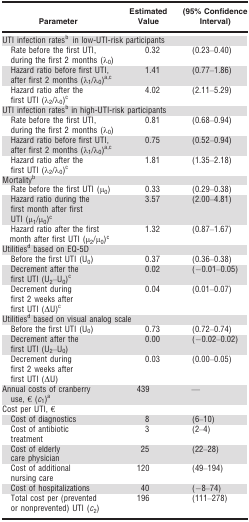
| Parameter | Estimated Value | (95% Confidence Interval) |
 | --- | --- | --- |
 | <COLSPAN=3> UTI infection ratesb in low-UTI-risk participants |
 | Rate before the first UTI, during the first 2 months (λ0) | 0.32 | (0.23–0.40) |
 | Hazard ratio before first UTI,after first 2 months (λ1/λ0)a,c | 1.41 | (0.77–1.86) |
 | Hazard ratio after the first UTI (λ2/λ0)c | 4.02 | (2.11–5.29) |
 | <COLSPAN=3> UTI infection ratesb in high-UTI-risk participants |
 | Rate before the first UTI, during the first 2 months (λ0) | 0.81 | (0.68–0.94) |
 | Hazard ratio before first UTI, after first 2 months (λ1/λ0)a,c | 0.75 | (0.52–0.94) |
 | Hazard ratio after the first UTI (λ2/λ0)c | 1.81 | (1.35–2.18) |
 | <COLSPAN=3> Mortalityb |
 | Rate before the first UTI (μ0) | 0.33 | (0.29–0.38) |
 | Hazard ratio during the first month after first UTI (μ1/μ0)c | 3.57 | (2.00–4.81) |
 | Hazard ratio after the first month after first UTI (μ2/μ0)c | 1.32 | (0.87–1.67) |
 | <COLSPAN=3> Utilitiesd based on EQ-5D |
 | Before the first UTI (U0) | 0.37 | (0.36–0.38) |
 | Decrement after the first UTI (U2–U0)c | 0.02 | (−0.01–0.05) |
 | Decrement during first 2 weeks after first UTI (ΔU)c | 0.04 | (0.01–0.07) |
 | <COLSPAN=3> Utilitiesd based on visual analog scale |
 | Before the first UTI (U0) | 0.73 | (0.72–0.74) |
 | Decrement after the first UTI (U2–U0) | 0.00 | (−0.02–0.02) |
 | Decrement during first 2 weeks after first UTI (ΔU) | 0.03 | (0.00–0.05) |
 | Annual costs of cranberry use, € (c1)c | 439 | — |
 | <COLSPAN=3> Cost per UTI, € |
 | Cost of diagnostics | 8 | (6–10) |
 | Cost of antibiotic treatment | 3 | (2–4) |
 | Cost of elderly care physician | 25 | (22–28) |
 | Cost of additional nursing care | 120 | (49–194) |
 | Cost of hospitalizations | 40 | (−8–74) |
 | Total cost per (prevented or nonprevented) UTI (c2) | 196 | (111–278) |